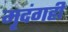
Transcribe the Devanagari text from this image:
मृदंगही